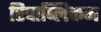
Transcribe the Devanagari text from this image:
रिपाब्लिकन